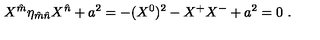
X ^ { \hat { m } } \eta _ { \hat { m } \hat { n } } X ^ { \hat { n } } + a ^ { 2 } = - ( X ^ { 0 } ) ^ { 2 } - X ^ { + } X ^ { - } + a ^ { 2 } = 0 \ .